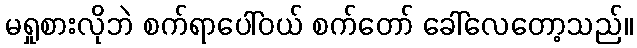
မရှုစားလိုဘဲ စက်ရာပေါ်ဝယ် စက်တော် ခေါ်လေတော့သည်။